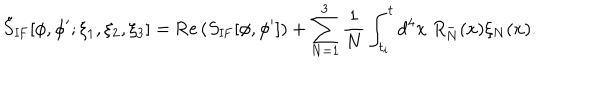
LaTeX: \tilde { S } _ { \mathrm { I F } } [ \phi , \phi ^ { \prime } ; \xi _ { 1 } , \xi _ { 2 } , \xi _ { 3 } ] = \mathrm { R e } \left( S _ { \mathrm { I F } } [ \phi , \phi ^ { \prime } ] \right) + \sum _ { N = 1 } ^ { 3 } { \frac { 1 } { N } } \int _ { t _ { i } } ^ { t } d ^ { 4 } x \; R _ { N } ^ { - } ( x ) \xi _ { N } ( x ) .